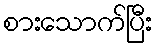
စားသောက်ပြီး